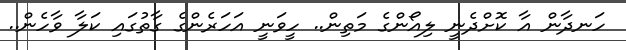
ހަނދާން އާ ކޮށްދެނީ ލިއޯންގެ މަތިން.. ހީވަނީ އަހަރެންގެ ގާތުގައި ކަލާ ވާހެން..